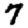
Digit: 7